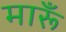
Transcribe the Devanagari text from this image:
मारूँ